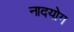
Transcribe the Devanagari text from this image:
नादयोग